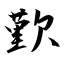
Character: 歏